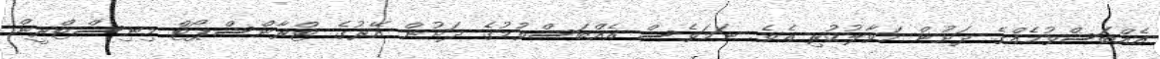
އެއްބަސްވުމެއްގެ ދަށުން ހަވާލުކުރި އެވެ. ނަމަވެސް އެއްބަސްވުމުގެ ދަށުން އޭރުގެ ޓްރާންސްޕޯޓް މިނިސްޓްރީން